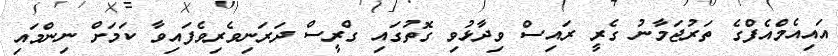
އައިއެމްއެފްގެ ތަރުޖަމާނު ގެރީ ރައިސް ވިދާޅުވި ގޮތުގައި ގްރީސް ދަރަނިވެރިވެފައިވާ ކަމަށް ނިންމައި